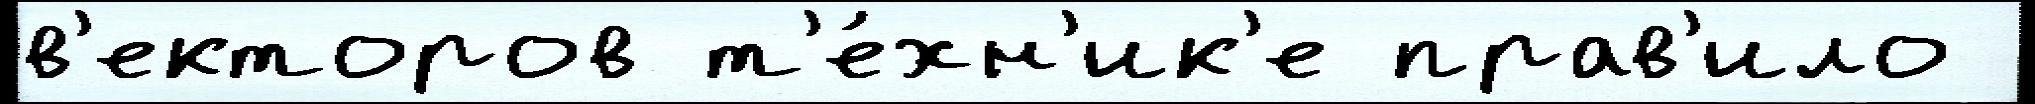
в'екторов т'е́хн'ик'е прав'ило